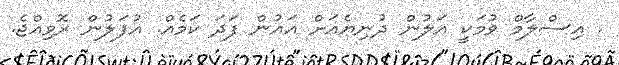
. އިސްލާމް ވުމަކީ އަލުން ދުނިޔެއަށް އަައުން ފަދަ ކަމެއް. އުފަލުން ރޮވިއްޖެ.